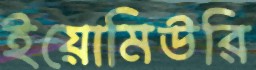
ইয়োমিউরি